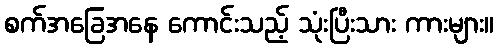
စက်အခြေအနေ ကောင်းသည့် သုံးပြီးသား ကားများ။